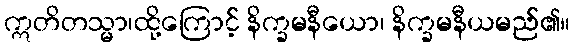
ဣတိတသ္မာ၊ထို့ကြောင့် နိက္ခမနီယော၊ နိက္ခမနီယမည်၏။